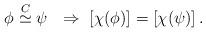
LaTeX: \begin{align*}\phi \overset{C}{\simeq }\psi \ \ \Rightarrow \ \left[ \chi (\phi )\right] =\left[ \chi (\psi )\right] . \end{align*}